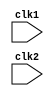
module pipe_MIPS32(clk1,clk2);
 
 input clk1,clk2;
 
 
    reg [31:0] PC, IF_ID_IR, IF_ID_NPC;		//NPC-> Next Instruction
    reg [31:0] ID_EX_IR,  ID_EX_NPC, ID_EX_A, ID_EX_B, ID_EX_Imm;
	reg [2:0]  ID_EX_type, EX_MEM_type, MEM_WB_type;
	reg [31:0] EX_MEM_IR, EX_MEM_ALUOut, EX_MEM_B;
	reg 	   EX_MEM_cond;
	reg [31:0] MEM_WB_IR, MEM_WB_ALUOut, MEM_WB_LMD;
	reg [31:0] Reg [0:31];		//Register Bank
	reg [31:0] Mem [0:1023];	//1024 x 32 memory

	reg HALTED; 			//Set after HLT instruction is completed (in WB stage) 
	reg TAKEN_BRANCH;		//Required to disable instructions after branch
	
	parameter 	
			ADD		= 6'b000000,
			SUB		= 6'b000001,
			AND		= 6'b000010,
			OR 		= 6'b000011,
			MUL		= 6'b000101,
			SLT		= 6'b000100,
			HTL		= 6'b111111,

			LW 		= 6'b001000,
			SW 		= 6'b001001,
			ADDI	= 6'b001010,
			SUBI	= 6'b001011,
			SLTI	= 6'b001100,
			BNEQZ	= 6'b001101,
			BEQZ	= 6'b001110,

			RR_ALU	= 3'b000,  //REG REG OPERATION
			RM_ALU	= 3'b001,  // REG MEM OPERATION
			LOAD	= 3'b010,
			STORE	= 3'b011,
			BRANCH	= 3'b100,
			HALT	= 3'b101;
			
		

      //--------------------INSTRUCTION FETCH (IF) CYCLE ---------------------------------------		
			
			always @(posedge clk1)
		if (HALTED==0)
		begin
			if(((EX_MEM_IR[31:26]==BEQZ) && (EX_MEM_cond==1)) || ((EX_MEM_IR[31:26] == BNEQZ) && (EX_MEM_cond ==0)))	//cond = (A==0)
			begin
				IF_ID_IR	 	<= #2 Mem[EX_MEM_ALUOut];
				TAKEN_BRANCH	<= #2 1'b1;
				IF_ID_NPC	 	<= #2 EX_MEM_ALUOut +1;
				PC		 		<= #2 EX_MEM_ALUOut +1;
			end
			else begin
				IF_ID_IR	 <= #2 Mem[PC];
				IF_ID_NPC	 <= #2 PC +1;
				PC		 	 <= #2 PC +1;
		       	end	       
		end

		//--------------------INSTRUCTION DECODE(ID) CYCLE ---------------------------------------

	always @ (posedge clk2)
		if (HALTED==0)
	    begin
			if (IF_ID_IR[25:21] == 5'b00000) 	
					ID_EX_A <= 0;
			else 
					ID_EX_A	<= #2 Reg[IF_ID_IR[25:21]];	//"rs"

			if (IF_ID_IR[20:16] == 5'b00000)
					ID_EX_B <= 0;
			else 	
					ID_EX_B	<= #2 Reg[IF_ID_IR[20:16]];	//"rt"

			ID_EX_NPC	<= #2 IF_ID_NPC;
			ID_EX_IR	<= #2 IF_ID_IR;
			ID_EX_Imm	<= #2 {{16{IF_ID_IR[15]}}, {IF_ID_IR[15:0]}};	//16 bit Immediate data 


			case (IF_ID_IR[31:26])
					ADD, SUB, AND, OR, SLT, MUL	: ID_EX_type <= #2 RR_ALU;
					ADDI, SUBI, SLTI	   	   	: ID_EX_type <= #2 RM_ALU;
					LW			    			: ID_EX_type <= #2 LOAD;
					SW			   				: ID_EX_type <= #2 STORE;
					BNEQZ, BEQZ					: ID_EX_type <= #2 BRANCH;
					HTL			    			: ID_EX_type <= #2 HALT;
					default						: ID_EX_type <= #2 HALT;
			endcase
		end


		//--------------------EXECUTION (EX) CYCLE ---------------------------------------

	always @ (posedge clk1)
		if (HALTED==0)
		begin
			EX_MEM_type		<= #2 ID_EX_type;
			EX_MEM_IR		<= #2 ID_EX_IR;
			TAKEN_BRANCH	<= #2 0;

			case (ID_EX_type)
				RR_ALU:	begin
					case (ID_EX_IR[31:26])	//opcode
							ADD: EX_MEM_ALUOut 		<= #2 ID_EX_A + ID_EX_B;
							SUB: EX_MEM_ALUOut 		<= #2 ID_EX_A - ID_EX_B;
							AND: EX_MEM_ALUOut 		<= #2 ID_EX_A & ID_EX_B;
							OR:  EX_MEM_ALUOut 		<= #2 ID_EX_A | ID_EX_B;
							SLT: EX_MEM_ALUOut 		<= #2 ID_EX_A < ID_EX_B;
							MUL: EX_MEM_ALUOut 		<= #2 ID_EX_A * ID_EX_B;
							default: EX_MEM_ALUOut 	<= #2 32'hxxxxxxxx;
					endcase
					end

				RM_ALU: begin
					case (ID_EX_IR[31:26])	//opcode
							ADDI: EX_MEM_ALUOut 	<= #2 ID_EX_A + ID_EX_Imm;
							SUBI: EX_MEM_ALUOut 	<= #2 ID_EX_A - ID_EX_Imm;
							SLTI: EX_MEM_ALUOut 	<= #2 ID_EX_A < ID_EX_Imm;
					        default: EX_MEM_ALUOut 	<= #2 32'hxxxxxxxx;
				    endcase
			       	end 


				LOAD, STORE: begin
						EX_MEM_ALUOut	<= #2 ID_EX_A + ID_EX_Imm;
						EX_MEM_B		<= #2 ID_EX_B;
					end

				BRANCH:	begin
					EX_MEM_ALUOut	<= #2 ID_EX_NPC + ID_EX_Imm;
					EX_MEM_cond		<= #2 (ID_EX_A == 0);
				end
			endcase
		end


		//--------------------MEMORY (MEM) CYCLE ---------------------------------------

	always @ (posedge clk2)
		if (HALTED==0)
		begin
			MEM_WB_type	<= #2 EX_MEM_type;
			MEM_WB_IR	<= #2 EX_MEM_IR;
			
			case (EX_MEM_type)

				RR_ALU, RM_ALU:	MEM_WB_ALUOut	<= #2 EX_MEM_ALUOut;

				LOAD:			MEM_WB_LMD		<= #2 Mem[EX_MEM_ALUOut];

				STORE:	if (TAKEN_BRANCH==0)	//disable write
								Mem[EX_MEM_ALUOut]	<= #2 EX_MEM_B;
			endcase
		end


		//--------------------WRITE BACK (WB) CYCLE ---------------------------------------
		

	always @ (posedge clk1)
	begin
		if (TAKEN_BRANCH==0)
		begin
			case(MEM_WB_type)
				RR_ALU: Reg[MEM_WB_IR[15:11]]	<= #2 MEM_WB_ALUOut;	// "rd"
				RM_ALU: Reg[MEM_WB_IR[20:16]]   <= #2 MEM_WB_ALUOut;    // "rt"                             
				LOAD:	Reg[MEM_WB_IR[20:16]]   <= #2 MEM_WB_LMD;    // "rd"
				HALT:	HALTED					<= #2 1'b1;
			endcase
		end
	end

endmodule